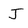
Character: J